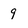
Character: 9